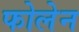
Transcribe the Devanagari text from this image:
फोलेन